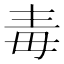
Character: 毒